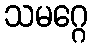
သမဂ္ဂေ